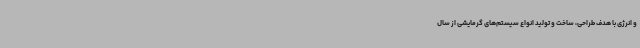
و انرژی با هدف طراحی، ساخت و تولید انواع سیستم‌های گرمایشی از سال